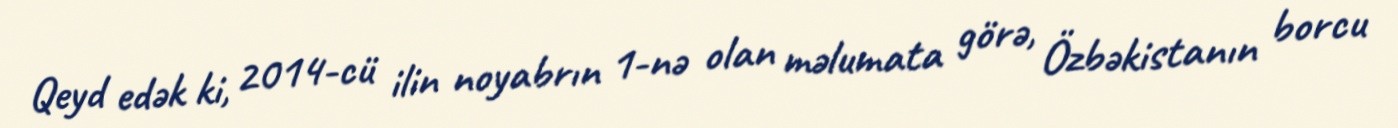
Qeyd edək ki, 2014-cü ilin noyabrın 1-nə olan məlumata görə, Özbəkistanın borcu